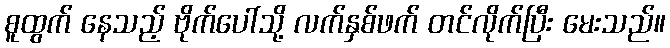
စူထွက် နေသည့် ဗိုက်ပေါ်သို့ လက်နှစ်ဖက် တင်လိုက်ပြီး မေးသည်။